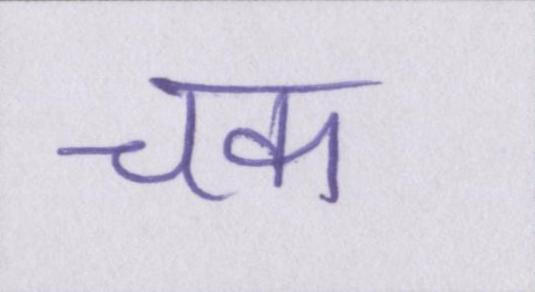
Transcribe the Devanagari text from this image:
चक